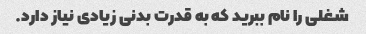
شغلی را نام ببرید که به قدرت بدنی زیادی نیاز دارد.